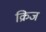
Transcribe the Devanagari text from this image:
क्रिज